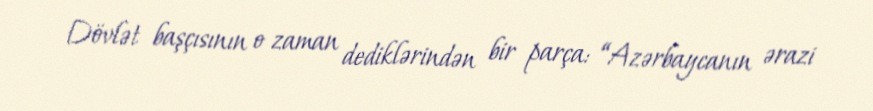
Dövlət başçısının o zaman dediklərindən bir parça: “Azərbaycanın ərazi